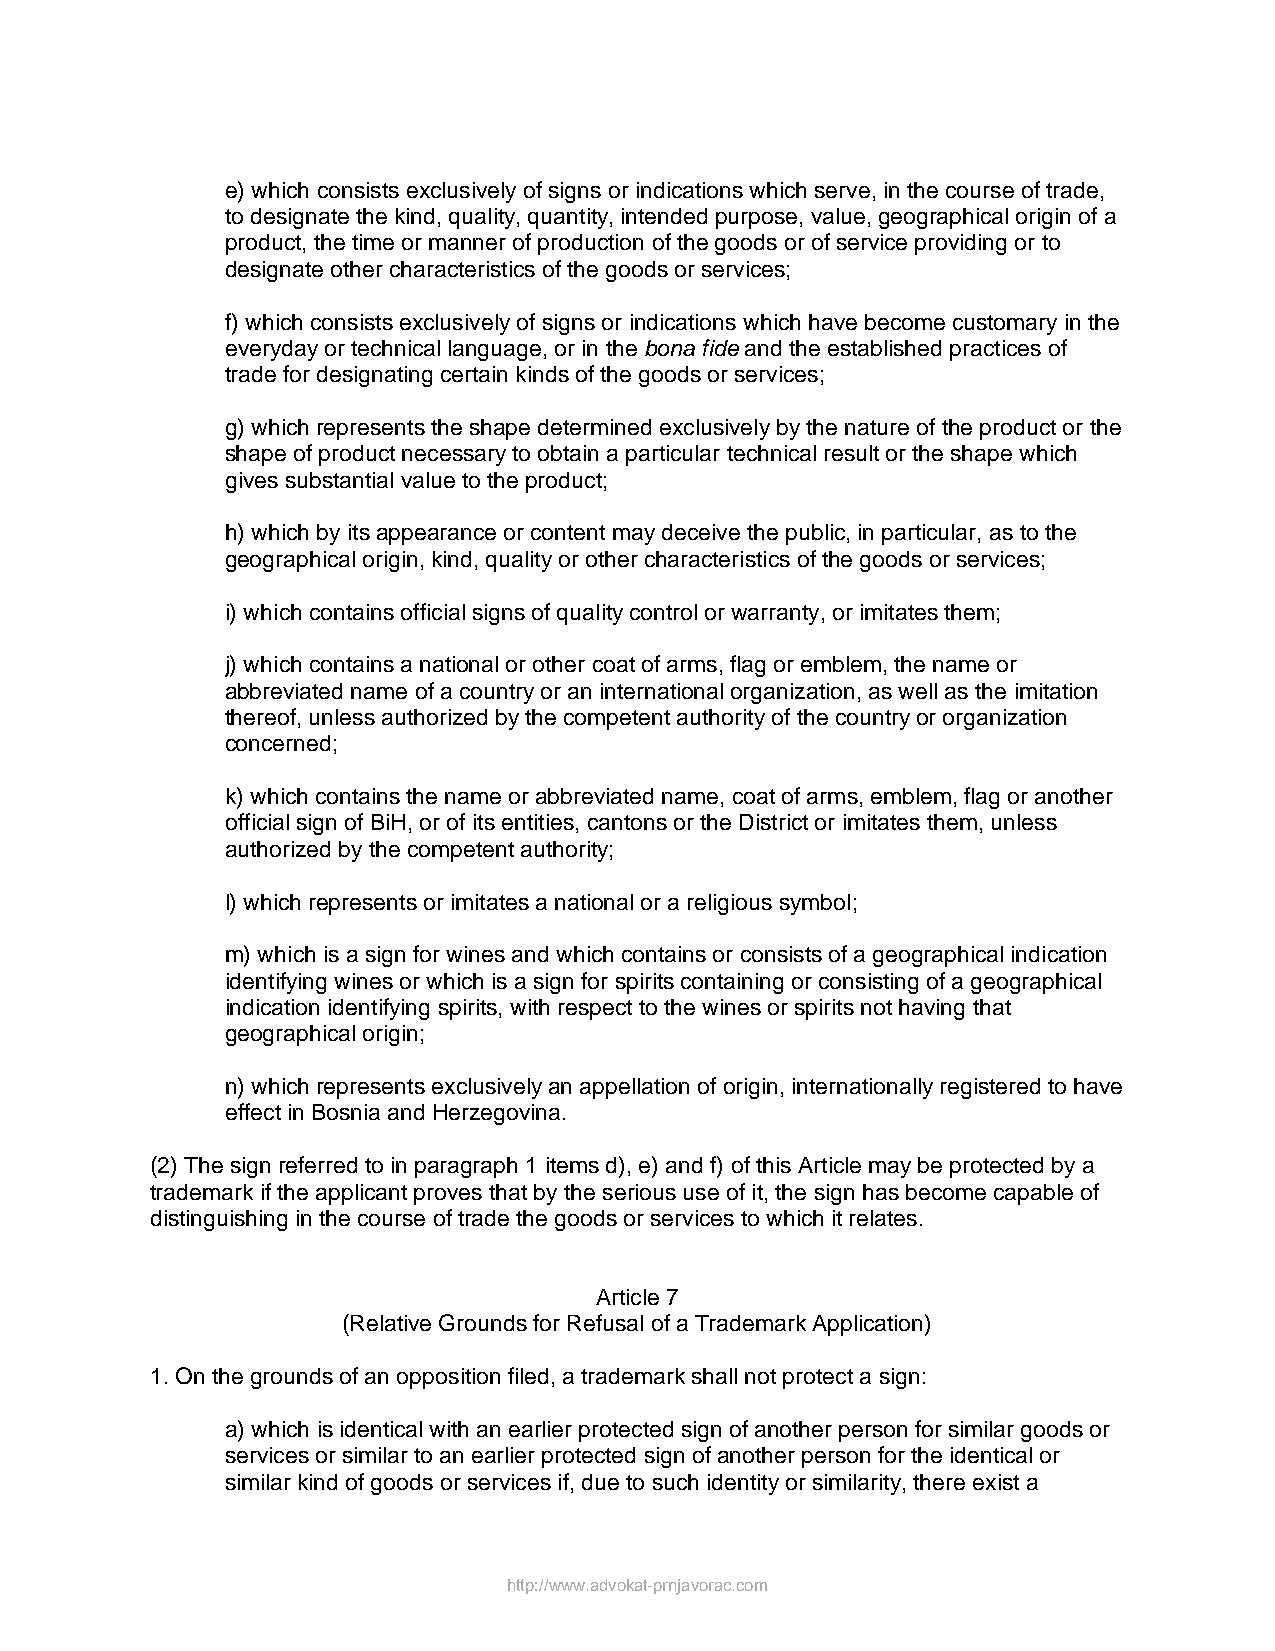
e) which consists exclusively of signs or indications which serve, in the course of trade,
 to designate the kind, quality, quantity, intended purpose, value, geographical origin of a
 product, the time or manner of production of the goods or of service providing or to
 designate other characteristics of the goods or services;
 f) which consists exclusively of signs or indications which have become customary in the
 everyday or technical language, or in the bona fide and the established practices of
 trade for designating certain kinds of the goods or services;
 g) which represents the shape determined exclusively by the nature of the product or the
 shape of product necessary to obtain a particular technical result or the shape which
 gives substantial value to the product;
 h) which by its appearance or content may deceive the public, in particular, as to the
 geographical origin, kind, quality or other characteristics of the goods or services;
 i) which contains official signs of quality control or warranty, or imitates them;
 j) which contains a national or other coat of arms, flag or emblem, the name or
 abbreviated name of a country or an international organization, as well as the imitation
 thereof, unless authorized by the competent authority of the country or organization
 concerned;
 k) which contains the name or abbreviated name, coat of arms, emblem, flag or another
 official sign of BiH, or of its entities, cantons or the District or imitates them, unless
 authorized by the competent authority;
 l) which represents or imitates a national or a religious symbol;
 m) which is a sign for wines and which contains or consists of a geographical indication
 identifying wines or which is a sign for spirits containing or consisting of a geographical
 indication identifying spirits, with respect to the wines or spirits not having that
 geographical origin;
 n) which represents exclusively an appellation of origin, internationally registered to have
 effect in Bosnia and Herzegovina.
 (2) The sign referred to in paragraph 1 items d), e) and f) of this Article may be protected by a
 trademark if the applicant proves that by the serious use of it, the sign has become capable of
 distinguishing in the course of trade the goods or services to which it relates.
 Article 7
 (Relative Grounds for Refusal of a Trademark Application)
 1. On the grounds of an opposition filed, a trademark shall not protect a sign:
 a) which is identical with an earlier protected sign of another person for similar goods or
 services or similar to an earlier protected sign of another person for the identical or
 similar kind of goods or services if, due to such identity or similarity, there exist a
 http://www.advokat-prnjavorac.com